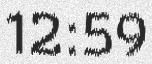
12:59